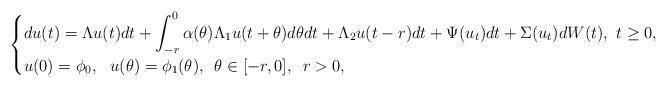
LaTeX: \begin{align*}\begin{cases}\displaystyle du(t) =\Lambda u(t)dt + \displaystyle\int^0_{-r} \alpha(\theta)\Lambda_1 u(t+\theta)d\theta dt + \Lambda_2 u(t-r)dt +\Psi(u_t)dt + \Sigma(u_t)dW(t),\,\,t\ge 0,\\u(0)=\phi_0,\,\,\,\,u(\theta)=\phi_1(\theta),\,\,\,\theta\in [-r, 0],\,\,\,r>0,\end{cases}\end{align*}